Report on vaccination in the Province of Bengal - 1869-1873
Year: 1869
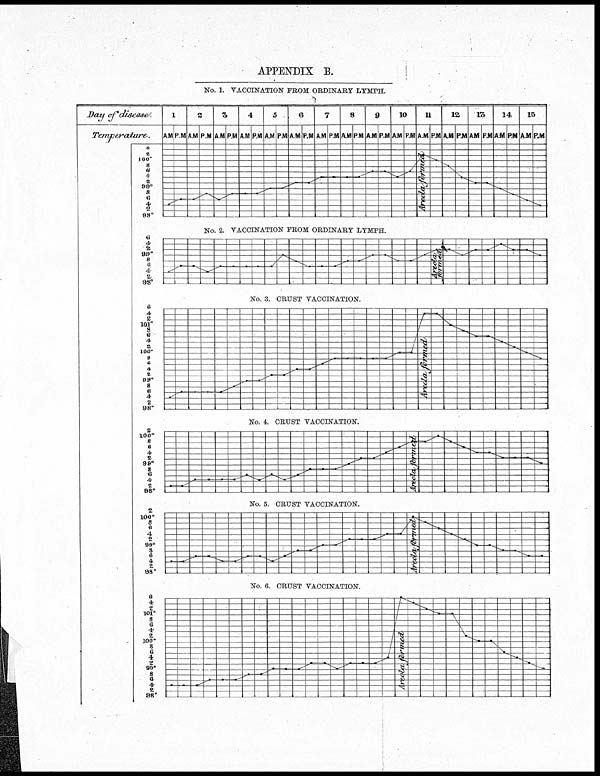
APPENDIX B.
No. 1. VACCINATION FROM ORDINARY LYMPH.